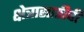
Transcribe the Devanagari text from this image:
क्षेत्रासाठीची